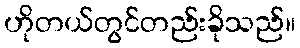
ဟိုတယ်တွင်တည်းခိုသည်။